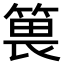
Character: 𥯜